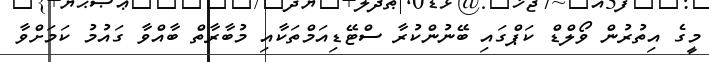
މީގެ އިތުރުން ވޯލްޑް ކަޕްގައި ބޭނުންކުރާ ސްޓޭޑިއަމްތަކާއި މުބާރާތް ބާއްވާ ގައުމު ކަމަށްވާ